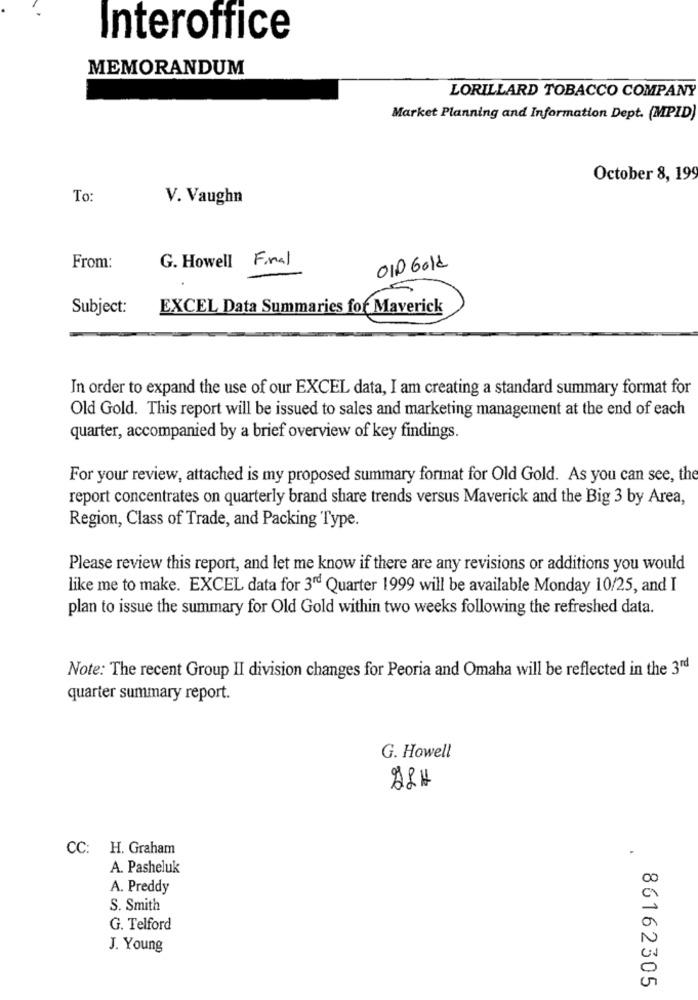
Interoffice
MEMORANDUM
LORILLARD TOBACCO COMPANY
Market Planning and Information Dept. (MPID)
October 8, 199
To:
V. Vaughn
G. Howell Final
From:
OID Gold
Subject:
EXCEL Data Summaries for Maverick
In order to expand the use of our EXCEL data, I am creating a standard summary format for
Old Gold. This report will be issued to sales and marketing management at the end of each
quarter, accompanied by a brief overview of key findings.
For your review, attached is my proposed summary format for Old Gold. As you can see, the
report concentrates on quarterly brand share trends versus Maverick and the Big 3 by Area,
Region, Class of Trade, and Packing Type.
Please review this report, and let me know if there are any revisions or additions you would
like me to make. EXCEL data for 3rd Quarter 1999 will be available Monday 10/25, and I
plan to issue the summary for Old Gold within two weeks following the refreshed data.
Note: The recent Group II division changes for Peoria and Omaha will be reflected in the 3rd
quarter summary report.
G. Howell
28H
CC: H. Graham
A. Pasheluk
A. Preddy
S. Smith
G. Telford
J. Young
86162305